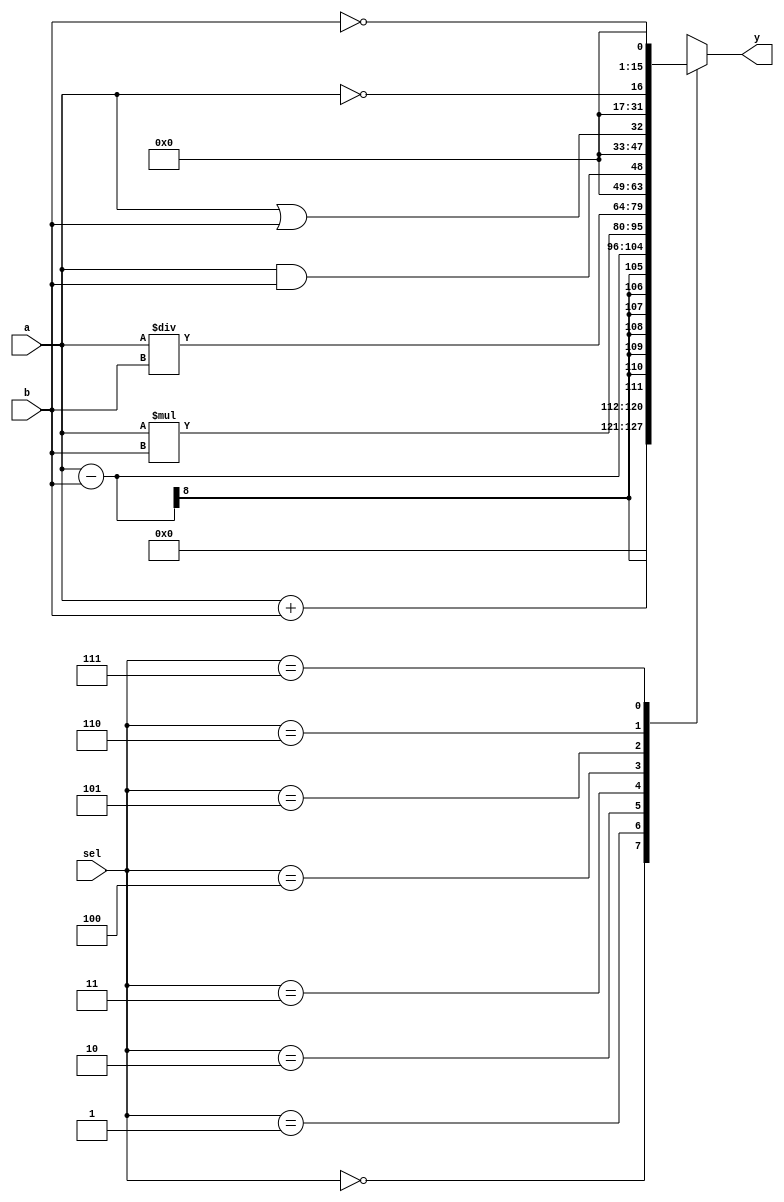
`timescale 1ns / 1ps

module alu(a,b,sel,y); 
input [7:0]a,b; 
output reg [15:0]y; 
input [2:0]sel; 
parameter ADD=3'b000; 
parameter SUB=3'b001; 
parameter MUL=3'b010; 
parameter DIV=3'b011; 
parameter AND=3'b100; 
parameter OR=3'b101; 
parameter NOT1 =3'b110; 
parameter NOT2 =3'b111;
always@(*) 
case(sel) 
ADD: y=a+b; 
SUB: y=a-b; 
MUL: y=a*b; 
DIV: y=a/b; 
AND: y=a&&b; 
OR: y=a||b; 
NOT1: y=!a; 
NOT2: y=!b; 
endcase 
endmodule